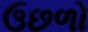
ઉછળો